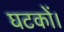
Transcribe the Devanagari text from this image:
घटकों।